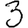
Digit: 3